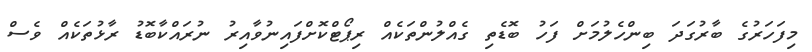
މިފަހަރުގެ ބާރުގަދަ ބިންހެލުމަށް ފަހު ބޮޑެތި ގެއްލުންތަކެއް ރިޕޯޓްކޮށްފައިނުވާއިރު ނުރައްކާބޮޑު ރާޅުތަކެއް ވެސް